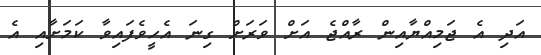
އަދި އެ ޖަމިއްޔާއިން ރާއްޖެ އަށް ވަރަށް ގިނަ އެހީވެފައިވާ ކަމަށާއި އެ